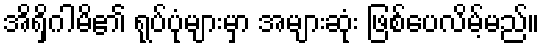
အိရှိဂါမိ၏ ရုပ်ပုံများမှာ အများဆုံး ဖြစ်ပေလိမ့်မည်။